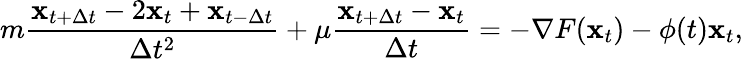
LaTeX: m\frac{{\mathbf x}_{t+\Delta t}-2{\mathbf x}_{t}+{\mathbf x}_{t-\Delta t}}{\Delta t^{2}}+\mu\frac{{\mathbf x}_{t+\Delta t}-{\mathbf x}_{t}}{\Delta t}=-\nabla F({\mathbf x}_{t})-\phi(t){\mathbf x}_{t},